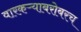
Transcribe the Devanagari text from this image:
वारकऱ्याबरोबरच